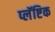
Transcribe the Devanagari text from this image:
प्लॅष्टिक